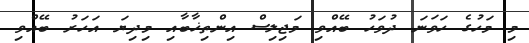
މި މަހުގެ ހަވަނަ ދުވަހު ބޭއްވި މަޖިލިސް އިންތިޚާބާއި މިދިޔަ އަހަރު ބޭއްވި